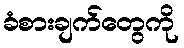
ခံစားချက်တွေကို